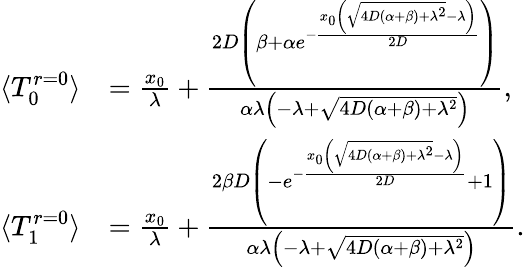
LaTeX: \begin{array}{rl}{\langle T_{0}^{r=0}\rangle}&{=\frac{x_{0}}{\lambda}+\frac{2D\left(\beta+\alpha e^{-\frac{x_{0}\left(\sqrt{4D(\alpha+\beta)+\lambda^{2}}-\lambda\right)}{2D}}\right)}{\alpha\lambda\left(-\lambda+\sqrt{4D(\alpha+\beta)+\lambda^{2}}\right)},}\\ {\langle T_{1}^{r=0}\rangle}&{=\frac{x_{0}}{\lambda}+\frac{2\beta D\left(-e^{-\frac{x_{0}\left(\sqrt{4D(\alpha+\beta)+\lambda^{2}}-\lambda\right)}{2D}}+1\right)}{\alpha\lambda\left(-\lambda+\sqrt{4D(\alpha+\beta)+\lambda^{2}}\right)}.}\end{array}